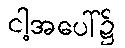
ငါ့အပေါ်၌